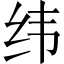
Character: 纬